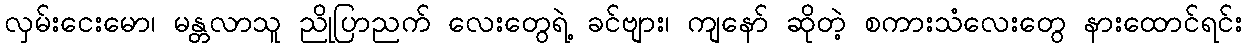
လှမ်းငေးမော၊ မန္တလာသူ ညိုပြာညက် လေးတွေရဲ့ ခင်ဗျား၊ ကျနော် ဆိုတဲ့ စကားသံလေးတွေ နားထောင်ရင်း